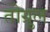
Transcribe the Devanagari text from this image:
तोग्रुल